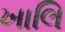
ખાલિ